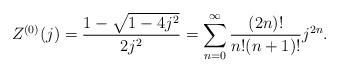
LaTeX: \begin{align*}Z^{(0)}(j)=\frac{1-\sqrt{1-4j^2}}{2j^2}=\sum_{n=0}^{\infty}\frac{(2n)!}{n!(n+1)!}j^{2n}.\end{align*}